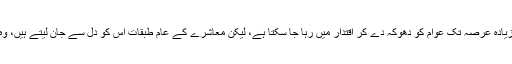
جب حکمران کی نیت خراب ہو جائے تو کم یا زیادہ عرصہ تک عوام کو دھوکہ دے کر اقتدار میں رہا جا سکتا ہے، لیکن معاشرے کے عام طبقات اس کو دل سے جان لیتے ہیں، وہ مجبور ہوتے ہیں کہ فوراً کچھ نہیں کر سکتے۔